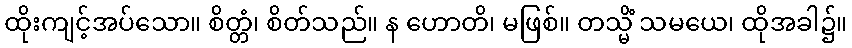
ထိုးကျင့်အပ်သော။ စိတ္တံ၊ စိတ်သည်။ န ဟောတိ၊ မဖြစ်။ တသ္မိံ သမယေ၊ ထိုအခါ၌။